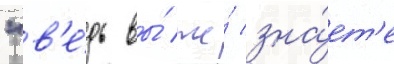
"в'е́дь вы́ же́ зна́ет'е